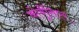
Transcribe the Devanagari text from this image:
कोर्बुसिएर